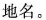
地名。